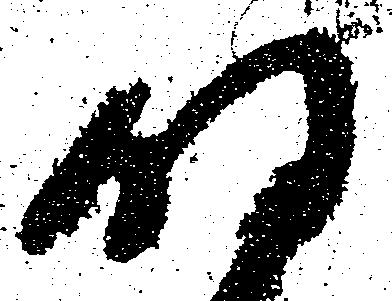
明